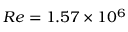
R e = 1 . 5 7 \times 1 0 ^ { 6 }